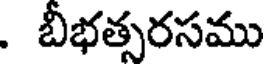
. బీభత్సరసము